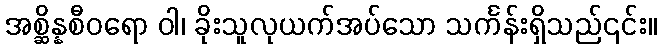
အစ္ဆိန္နစီဝရော ဝါ၊ ခိုးသူလုယက်အပ်သော သင်္ကန်းရှိသည်၎င်း။